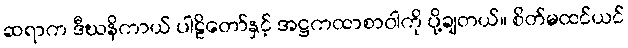
ဆရာက ဒီဃနိကာယ် ပါဠိတော်နှင့် အဋ္ဌကထာစာဝါကို ပို့ချတယ်။ စိတ်မထင်ယင်